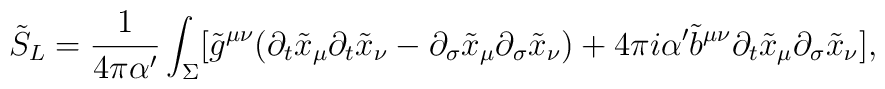
\tilde{S}_L=\frac{1}{4\pi\alpha^\prime}\int_\Sigma[\tilde{g}^{\mu\nu }(\partial_t\tilde{x}_\mu \partial_t\tilde{x}_\nu-\partial_\sigma \tilde{x}_\mu \partial_\sigma \tilde{x}_\nu )+4\pi i\alpha^\prime \tilde{b}^{\mu\nu }\partial_t\tilde{x}_\mu\partial_\sigma \tilde{x}_\nu ],